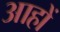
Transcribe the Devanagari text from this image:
आहों